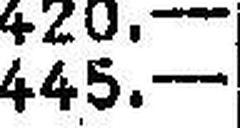
445.—